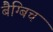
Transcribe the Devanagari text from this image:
बैग्बिच